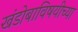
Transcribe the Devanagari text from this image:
खंडोबाविषयीच्या